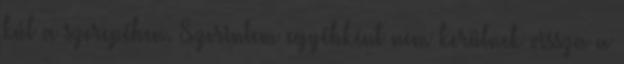
kúl a szerepében. Szerintem egyébként nem kerülnek vissza a